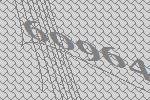
60964